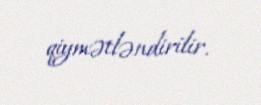
qiymətləndirilir.